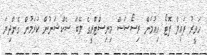
ހަވީރު ފައިލް ފޮޓޯ ހިއުމަން ރިސޯސަސް މިނިސްޓްރީގެ ލޭބަ ސެކްޝަނުން ކުރަމުން ގެންދިޔަ